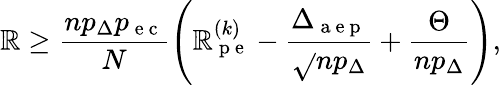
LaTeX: \mathbb{R}\geq\frac{{np_{\Delta}p_{\mathrm{{~e~c~}}}}}{{N}}\left(\mathbb{R}_{\mathrm{{~p~e~}}}^{(k)}-\frac{{\Delta_{\mathrm{{~a~e~p~}}}}}{{\sqrt{}{{np_{\Delta}}}}}+\frac{{\Theta}}{{np_{\Delta}}}\right),